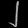
Digit: ၂